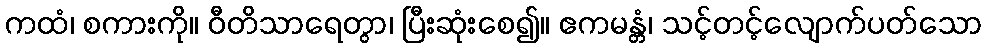
ကထံ၊ စကားကို။ ဝီတိသာရေတွာ၊ ပြီးဆုံးစေ၍။ ဧကမန္တံ၊ သင့်တင့်လျောက်ပတ်သော